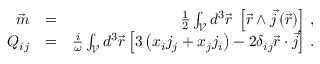
\begin{array} { r l r } { \vec { m } } & { = } & { \frac 1 2 \int _ { \mathcal { V } } d ^ { 3 } \vec { r } \; \left[ \vec { r } \wedge \vec { j } \left( \vec { r } \right) \right] \, , } \\ { Q _ { i j } } & { = } & { \frac { i } { \omega } \int _ { \mathcal { V } } d ^ { 3 } \vec { r } \left[ 3 \left( x _ { i } j _ { j } + x _ { j } j _ { i } \right) - 2 \delta _ { i j } \vec { r } \cdot \vec { j } \right] \, . } \end{array}